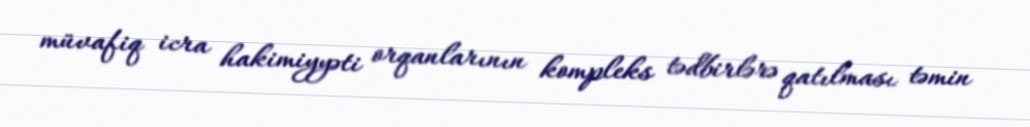
müvafiq icra hakimiyyəti orqanlarının kompleks tədbirlərə qatılması təmin